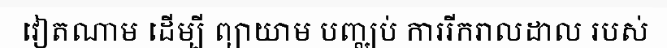
វៀតណាម ដើម្បី ព្យាយាម បញ្ឈប់ ការរីករាលដាល របស់